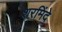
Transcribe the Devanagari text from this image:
शरमिंदे